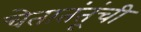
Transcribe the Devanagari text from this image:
चेतातंतूंची